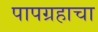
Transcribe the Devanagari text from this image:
पापग्रहाचा